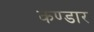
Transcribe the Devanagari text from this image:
कण्डार